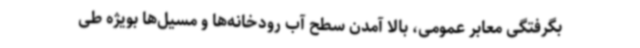
بگرفتگی معابر عمومی، بالا آمدن سطح آب رودخانه‌ها و مسیل‌ها بویژه طی